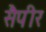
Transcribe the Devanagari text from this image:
सैपीर